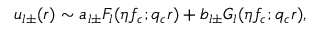
u _ { l \pm } ( r ) \sim a _ { l \pm } F _ { l } ( \eta f _ { c } ; q _ { c } r ) + b _ { l \pm } G _ { l } ( \eta f _ { c } ; q _ { c } r ) ,